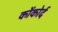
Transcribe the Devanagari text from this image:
कोंकोर्द